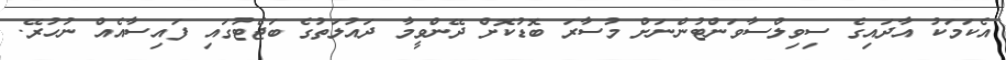
އެކަމަކު އާދައިގެ ސިވިލްސާވަންޓުންނަށް މުސާރަ ބޮޑުކޮށް ދޭންވީމާ ދައުލަތުގެ ބަޖެޓުގައި ފައިސާއެއް ނުހުރޭ.